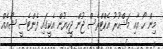
މިން ހޯ އާއި މަޝްހޫރު އެކްޓްރެސް ޖުން ޖީހިޔުން އެކީގައި ފެންޓެސީ ޝޯއެއް